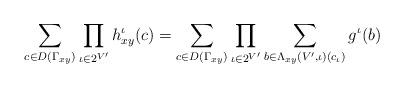
LaTeX: \begin{align*}\sum_{c \in D(\Gamma_{xy})} \prod_{\iota \in 2^{V'}} h_{xy}^\iota(c) = \sum_{c \in D(\Gamma_{xy})} \prod_{\iota \in 2^{V'}} \sum_{b \in \Lambda_{xy}(V', \iota)(c_\iota)}g^\iota(b) \end{align*}